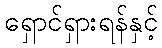
ရှောင်ရှားရန်နှင့်